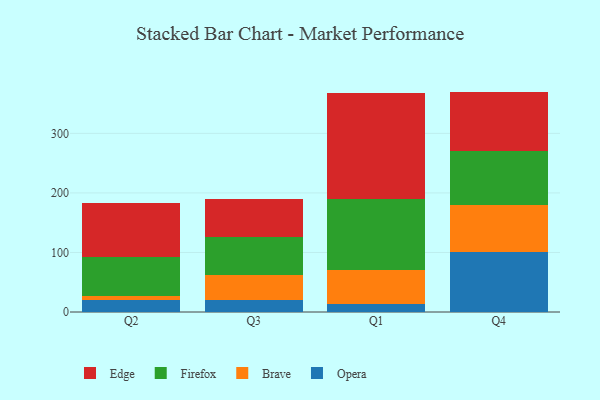
{"axis": {"x": "Quarter", "y": "Humidity (%)"}, "legend": ["Brave", "Edge", "Firefox", "Opera"], "data": [{"x": "Q2", "y": 20.0, "type": "Opera"}, {"x": "Q2", "y": 6.7, "type": "Brave"}, {"x": "Q2", "y": 65.7, "type": "Firefox"}, {"x": "Q2", "y": 90.2, "type": "Edge"}, {"x": "Q3", "y": 20.0, "type": "Opera"}, {"x": "Q3", "y": 41.8, "type": "Brave"}, {"x": "Q3", "y": 64.4, "type": "Firefox"}, {"x": "Q3", "y": 62.8, "type": "Edge"}, {"x": "Q1", "y": 13.1, "type": "Opera"}, {"x": "Q1", "y": 57.3, "type": "Brave"}, {"x": "Q1", "y": 119.6, "type": "Firefox"}, {"x": "Q1", "y": 177.1, "type": "Edge"}, {"x": "Q4", "y": 100.4, "type": "Opera"}, {"x": "Q4", "y": 78.5, "type": "Brave"}, {"x": "Q4", "y": 91.2, "type": "Firefox"}, {"x": "Q4", "y": 100.1, "type": "Edge"}]}